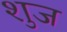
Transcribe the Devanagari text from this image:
शुज